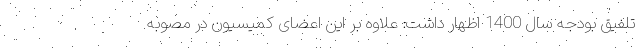
تلفیق بودجه سال 1400 اظهار داشت: علاوه بر این اعضای کمیسیون در مصوبه